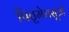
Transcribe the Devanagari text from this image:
पितृमेधसूत्रों